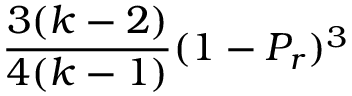
\frac { 3 ( k - 2 ) } { 4 ( k - 1 ) } ( 1 - P _ { r } ) ^ { 3 }